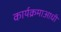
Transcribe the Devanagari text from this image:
कार्यक्रमाआधी